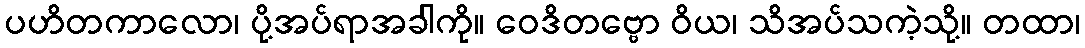
ပဟိတကာလော၊ ပို့အပ်ရာအခါကို။ ဝေဒိတဗ္ဗော ဝိယ၊ သိအပ်သကဲ့သို့။ တထာ၊